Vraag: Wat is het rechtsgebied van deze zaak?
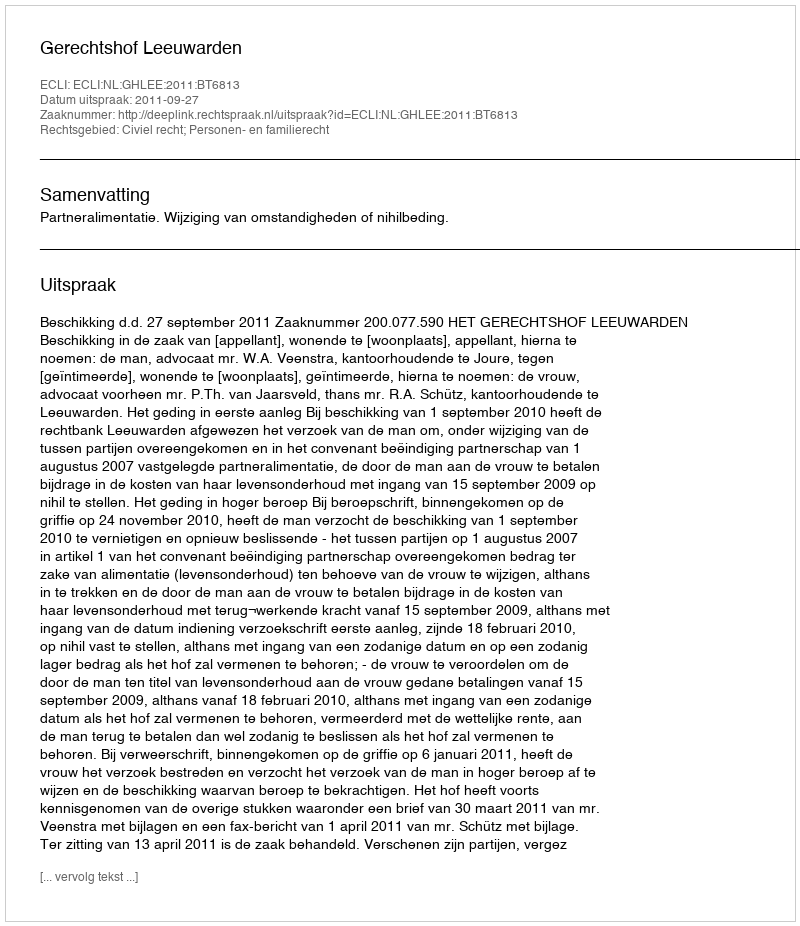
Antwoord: Civiel recht; Personen- en familierecht